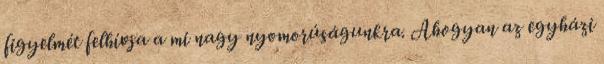
figyelmét felhívja a mi nagy nyomorúságunkra. Ahogyan az egyházi